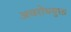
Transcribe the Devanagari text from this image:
अवरोधयुक्त